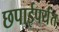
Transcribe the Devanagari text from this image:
छपाईपर्यंत